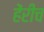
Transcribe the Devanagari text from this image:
हेंरीच